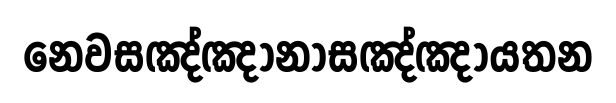
නෙවසඤ්ඤානාසඤ්ඤායතන